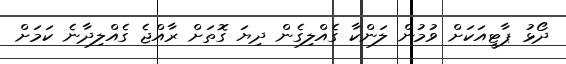
ދޯޅު ޕާޓީއަކަށް ވުމުން ލަންކާ ގެއްލިގެން ދިޔަ ގޮތަށް ރާއްޖެ ގެއްލިދާނެ ކަމަށް